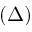
( \Delta )